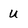
Character: U